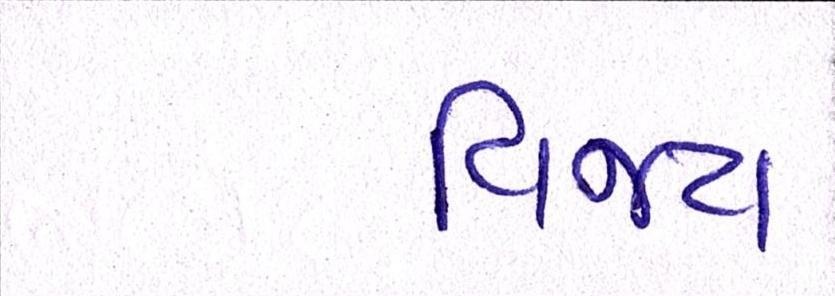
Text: વિજય